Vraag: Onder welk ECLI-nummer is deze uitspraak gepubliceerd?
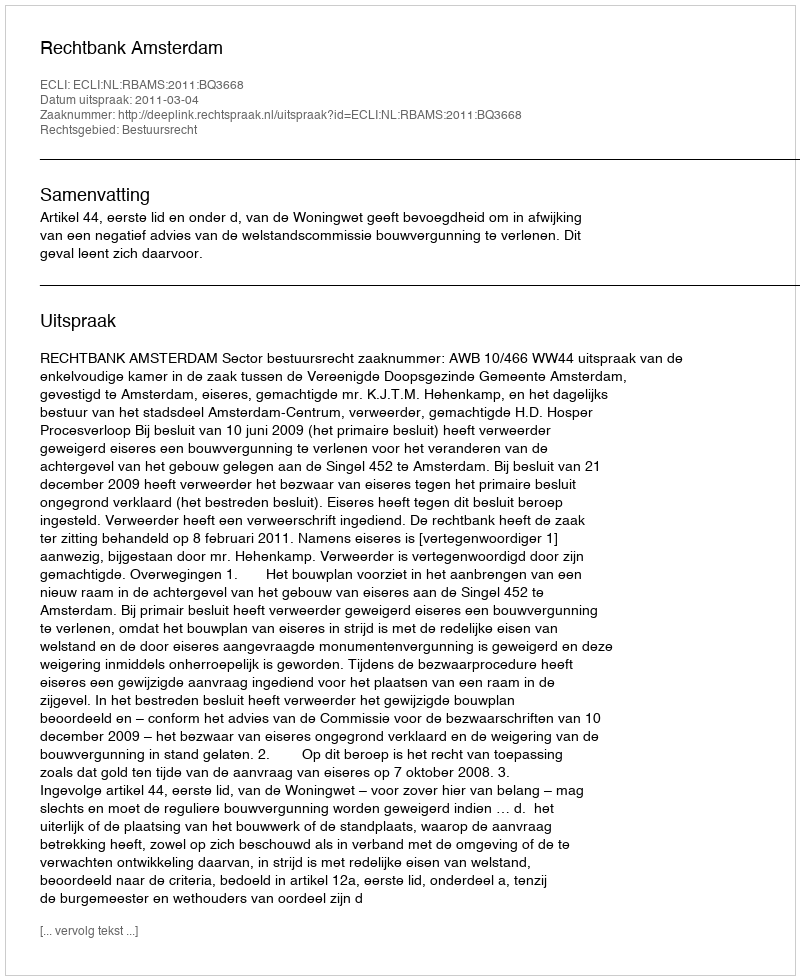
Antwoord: ECLI:NL:RBAMS:2011:BQ3668